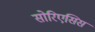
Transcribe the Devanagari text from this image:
सोरिएसिस